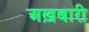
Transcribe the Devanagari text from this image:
अख़बारी